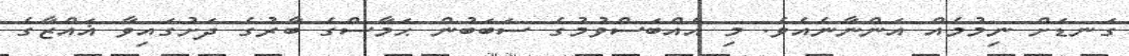
ގަނޑަށް ނިމުމެއް އަންނާނެއެވެ. މި އެއްބަސްވުމުގެ ސަބަބުން ޙަމާސްގެ ބާރުގެ ދަށުގައިވާ ޣައްޒާގެ